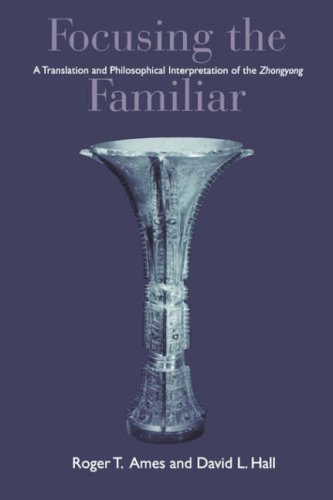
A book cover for Focusing the Familiar; Roger T. Ames; Religion & Spirituality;